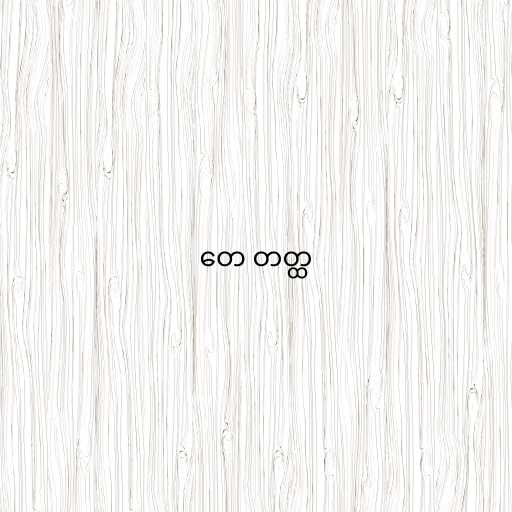
တေ တတ္ထ